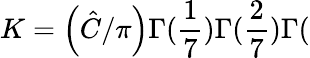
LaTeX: K=\left(\hat{C}/\pi\right)\Gamma(\frac{1}{7})\Gamma(\frac{2}{7})\Gamma(